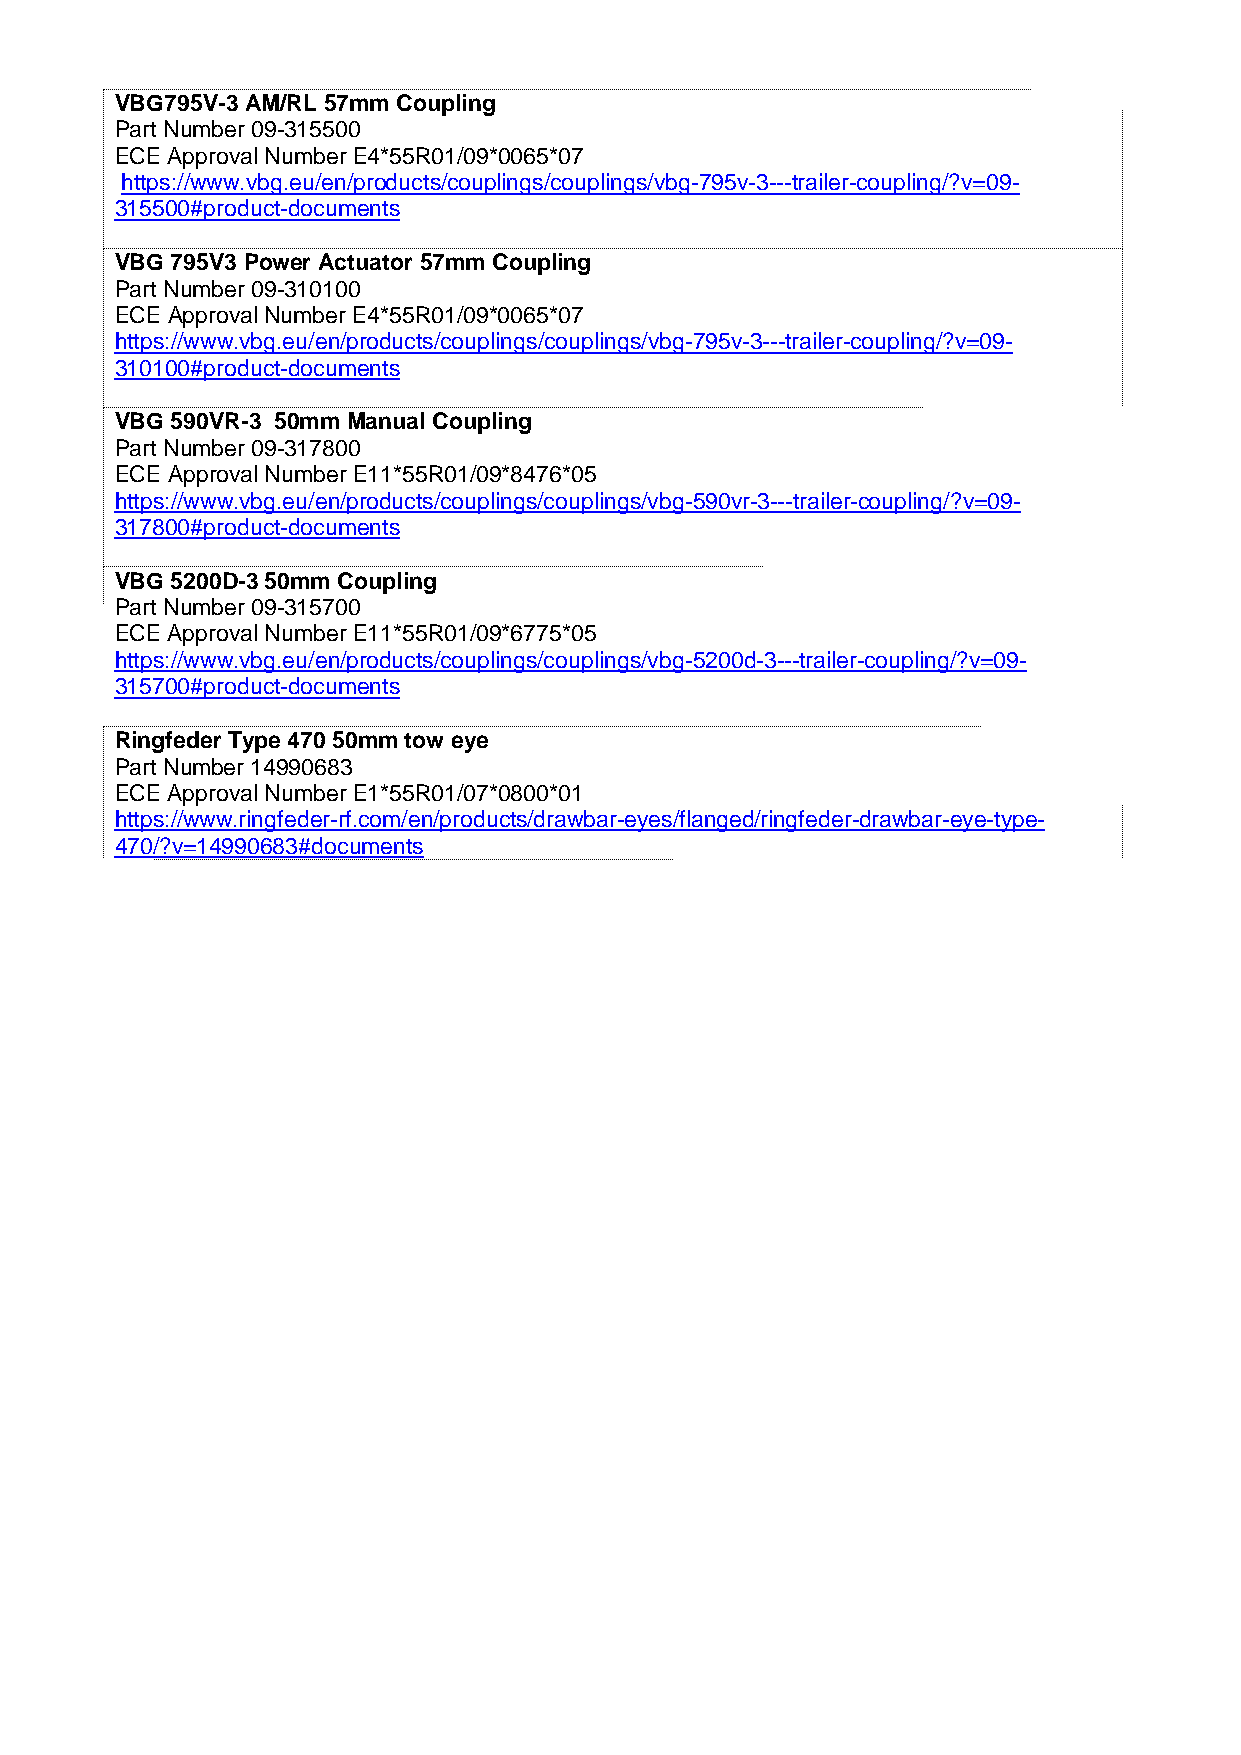
VBG795V-3 AM/RL 57mm Coupling
 Part Number 09-315500
 ECE Approval Number E4*55R01/09*0065*07
 https://www.vbg.eu/en/products/couplings/couplings/vbg-795v-3---trailer-coupling/?v=09-
 315500#product-documents
 VBG 795V3 Power Actuator 57mm Coupling
 Part Number 09-310100
 ECE Approval Number E4*55R01/09*0065*07
 https://www.vbg.eu/en/products/couplings/couplings/vbg-795v-3---trailer-coupling/?v=09-
 310100#product-documents
 VBG 590VR-3 50mm Manual Coupling
 Part Number 09-317800
 ECE Approval Number E11*55R01/09*8476*05
 https://www.vbg.eu/en/products/couplings/couplings/vbg-590vr-3---trailer-coupling/?v=09-
 317800#product-documents
 VBG 5200D-3 50mm Coupling
 Part Number 09-315700
 ECE Approval Number E11*55R01/09*6775*05
 https://www.vbg.eu/en/products/couplings/couplings/vbg-5200d-3---trailer-coupling/?v=09-
 315700#product-documents
 Ringfeder Type 470 50mm tow eye
 Part Number 14990683
 ECE Approval Number E1*55R01/07*0800*01
 https://www.ringfeder-rf.com/en/products/drawbar-eyes/flanged/ringfeder-drawbar-eye-type-
 470/?v=14990683#documents